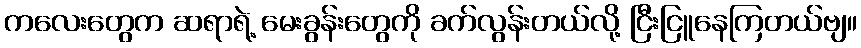
ကလေးတွေက ဆရာရဲ့ မေးခွန်းတွေကို ခက်လွန်းတယ်လို့ ငြီးငြူနေကြတယ်ဗျ။